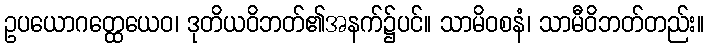
ဥပယောဂတ္ထေယေဝ၊ ဒုတိယဝိဘတ်၏အနက်၌ပင်။ သာမိဝစနံ၊ သာမီဝိဘတ်တည်း။